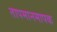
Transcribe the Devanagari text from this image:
तापमानमापक